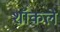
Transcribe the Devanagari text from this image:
शॉकले